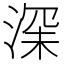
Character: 𱧐